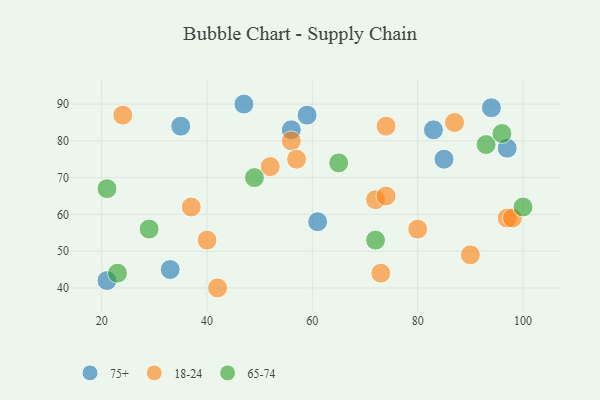
{"axis": {"x": "GDP", "y": "Life Expectancy"}, "legend": ["18-24", "65-74", "75+"], "data": [{"x": "83", "y": 83, "type": "75+"}, {"x": "59", "y": 87, "type": "75+"}, {"x": "61", "y": 58, "type": "75+"}, {"x": "35", "y": 84, "type": "75+"}, {"x": "94", "y": 89, "type": "75+"}, {"x": "33", "y": 45, "type": "75+"}, {"x": "85", "y": 75, "type": "75+"}, {"x": "56", "y": 83, "type": "75+"}, {"x": "47", "y": 90, "type": "75+"}, {"x": "21", "y": 42, "type": "75+"}, {"x": "97", "y": 78, "type": "75+"}, {"x": "24", "y": 87, "type": "18-24"}, {"x": "97", "y": 59, "type": "18-24"}, {"x": "52", "y": 73, "type": "18-24"}, {"x": "90", "y": 49, "type": "18-24"}, {"x": "37", "y": 62, "type": "18-24"}, {"x": "74", "y": 84, "type": "18-24"}, {"x": "72", "y": 64, "type": "18-24"}, {"x": "42", "y": 40, "type": "18-24"}, {"x": "56", "y": 80, "type": "18-24"}, {"x": "80", "y": 56, "type": "18-24"}, {"x": "87", "y": 85, "type": "18-24"}, {"x": "57", "y": 75, "type": "18-24"}, {"x": "98", "y": 59, "type": "18-24"}, {"x": "40", "y": 53, "type": "18-24"}, {"x": "73", "y": 44, "type": "18-24"}, {"x": "74", "y": 65, "type": "18-24"}, {"x": "49", "y": 70, "type": "65-74"}, {"x": "100", "y": 62, "type": "65-74"}, {"x": "72", "y": 53, "type": "65-74"}, {"x": "93", "y": 79, "type": "65-74"}, {"x": "23", "y": 44, "type": "65-74"}, {"x": "65", "y": 74, "type": "65-74"}, {"x": "21", "y": 67, "type": "65-74"}, {"x": "29", "y": 56, "type": "65-74"}, {"x": "96", "y": 82, "type": "65-74"}]}